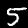
Digit: 5